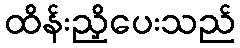
ထိန်းညှိပေးသည်